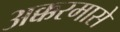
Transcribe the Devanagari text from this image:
अक्करमासे